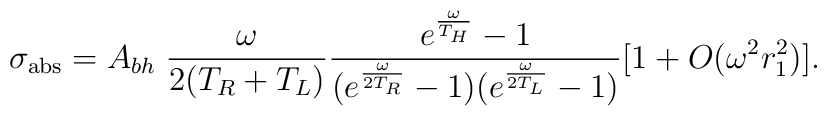
\sigma_{\rm abs} = A_{bh}\;{\omega\over 2(T_R + T_L)}{e^{\omega\over T_H} -1\over  (e^{\omega\over 2 T_R}-1)(e^{\omega\over 2 T_L}-1)}[1 + O(\omega^2 r_1^2)].